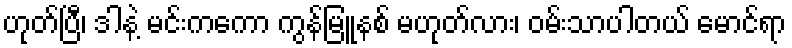
ဟုတ်ပြီ၊ ဒါနဲ့ မင်းကကော ကွန်မြူနစ် မဟုတ်လား၊ ဝမ်းသာပါတယ် မောင်ရာ